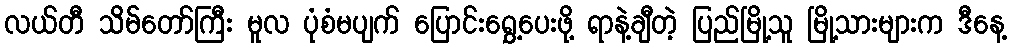
လယ်တီ သိမ်တော်ကြီး မူလ ပုံစံမပျက် ပြောင်းရွှေ့ပေးဖို့ ရာနဲ့ချီတဲ့ ပြည်မြို့သူ မြို့သားများက ဒီနေ့